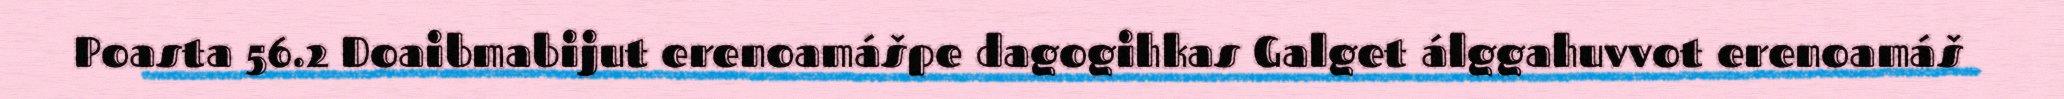
Poasta 56.2 Doaibmabijut erenoamášpe dagogihkas Galget álggahuvvot erenoamáš